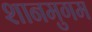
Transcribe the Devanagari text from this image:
शानमुगम